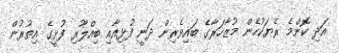
އަދި ކޮންމެ ރެޔަކުހެން މުޒާހަރާގެ ބައިވެރިން ދަނީ ފުޅިއާއި ބިއްލޫރި ފުޅީގެ އިތުރުން